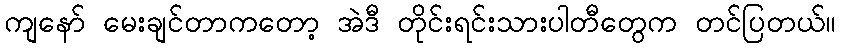
ကျနော် မေးချင်တာကတော့ အဲဒီ တိုင်းရင်းသားပါတီတွေက တင်ပြတယ်။